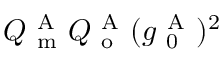
Q _ { \mathrm { ~ m ~ } } ^ { \mathrm { ~ A ~ } } Q _ { \mathrm { ~ o ~ } } ^ { \mathrm { ~ A ~ } } ( g _ { \mathrm { ~ 0 ~ } } ^ { \mathrm { ~ A ~ } } ) ^ { 2 }